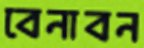
বেনাবন